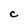
Character: C